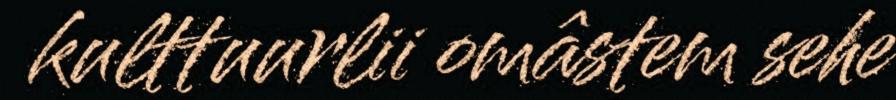
kulttuurlii omâstem sehe